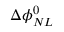
\Delta \phi _ { N L } ^ { 0 }